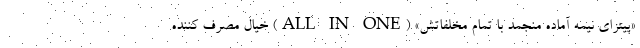
«پیتزای نیمه آماده منجمد با تمام مخلفاتش» (ALL IN ONE) خیال مصرف کننده